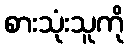
စားသုံးသူကို